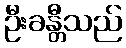
ဦးခန္တီသည်